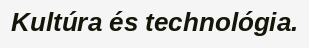
Kultúra és technológia.